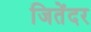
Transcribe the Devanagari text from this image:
जितेंदर